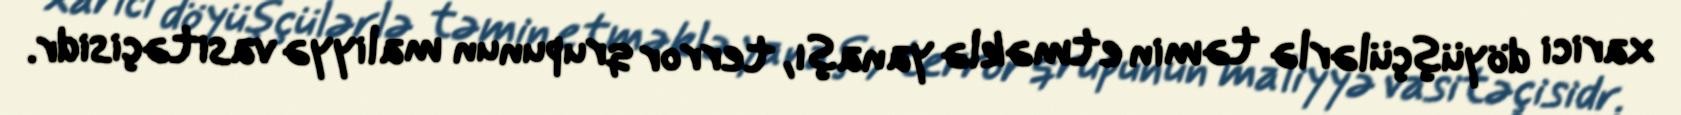
xarici döyüşçülərlə təmin etməklə yanaşı, terror qrupunun maliyyə vasitəçisidr.